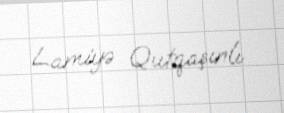
Lamiyə Qutqaşınlı